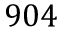
9 0 4